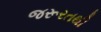
જરૂરતથી